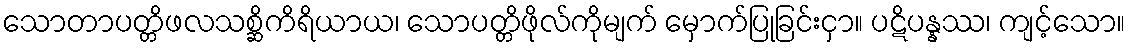
သောတာပတ္တိဖလသစ္ဆိကိရိယာယ၊ သောပတ္တိဖိုလ်ကိုမျက် မှောက်ပြုခြင်းငှာ။ ပဋိပန္နဿ၊ ကျင့်သော။